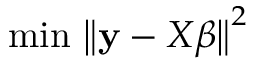
\operatorname { \, m i n } \, { \big \| } \mathbf { y } - X { \boldsymbol { \beta } } { \big \| } ^ { 2 }